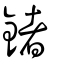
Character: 鍺